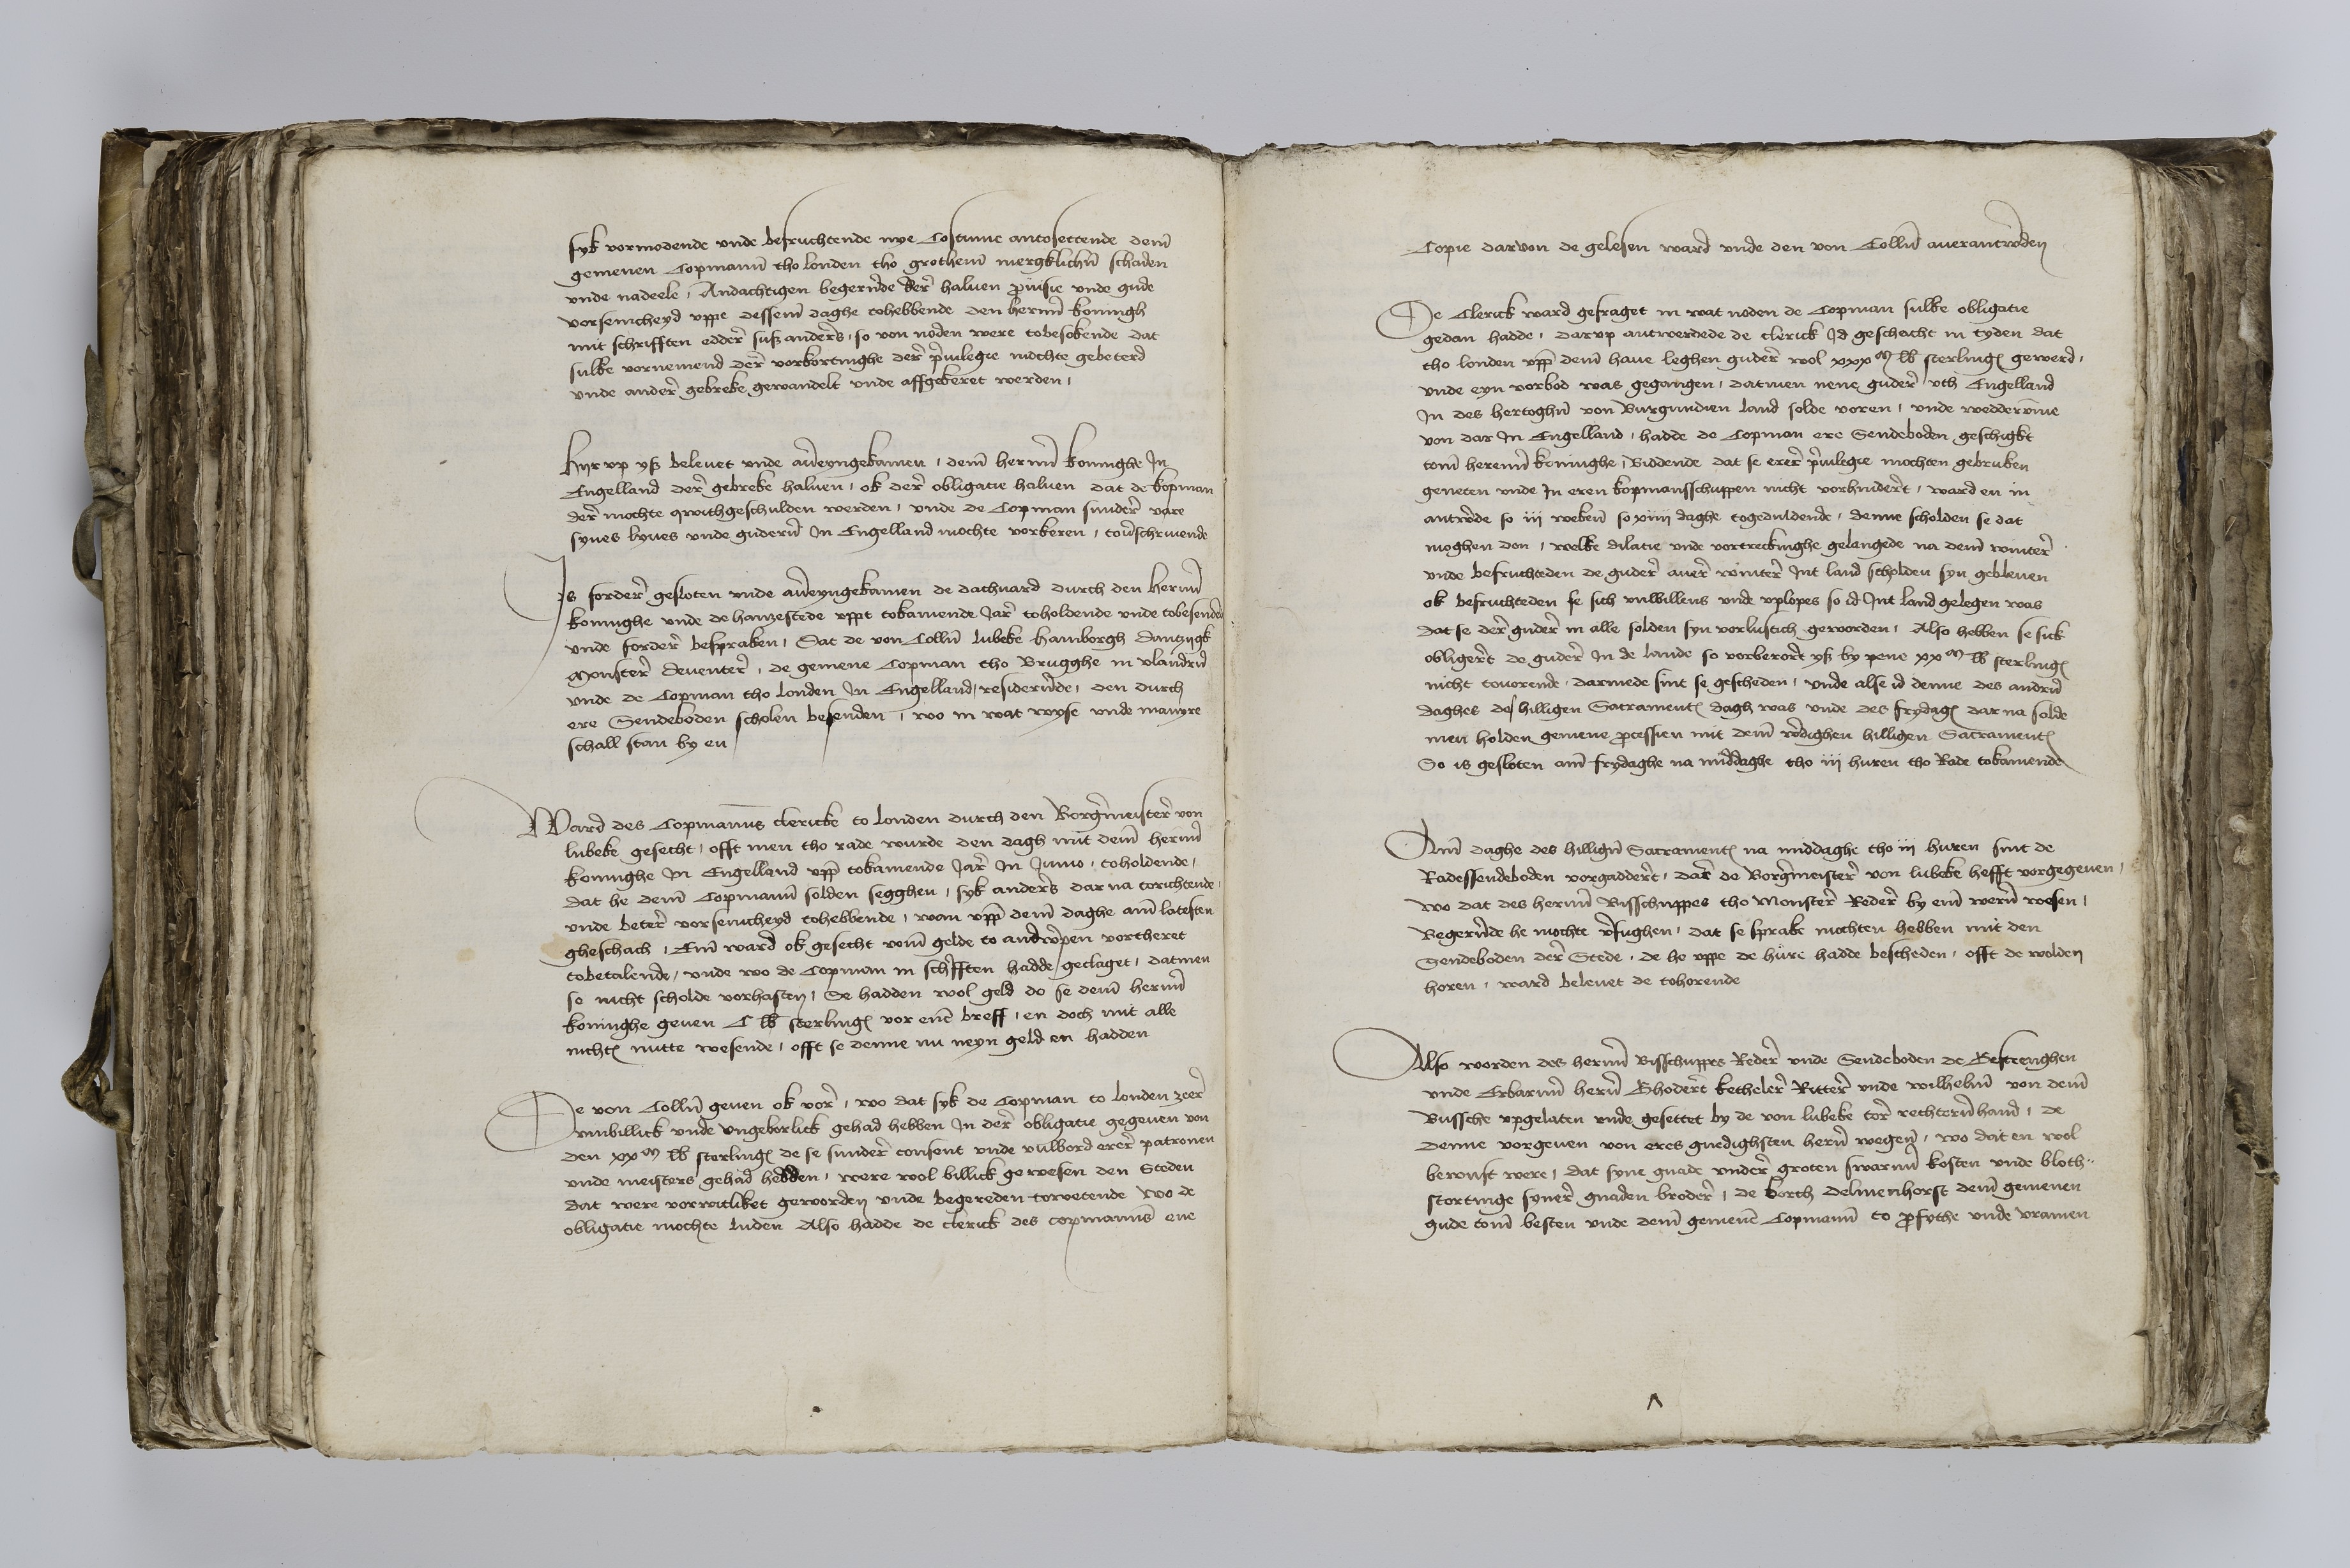
syk vormodende vnde befruchtende nye Costume antosettende deme
gemenen Copmanne tho Londen tho grotheme mergklichen schaden
vnde nadeele, Andachtigen begerende dere haluen prouisie vnde gude
vorsenicheyd vppe desseme daghe tohebbende den herenn Koningh
mit schrifften eddere sus anderes, so von noden were tobesokende dat
sulke vornemend dere vorbortinghe derer priuilegie mochte gebeterd
vnde andere gebreke gewandelt vnde affgeberet werden

Hyr vpp yß beleuet vnde aueryngekamen, deme herenn koninghe Jn
Engelland der gebreke haluen, ok dere obligatie haluen dat de kopman
dere mochte qwithgeschulden werden, vnde de Copman sundere vare
synes lyues vnde guderen Jn Engelland mochte vorkeren, touorschriuende

Js fordere gesoten vnde aueryngekamen de dachuard durch den herenn
konnighe vnde de hanzestede vppt tokamende Jare toholdende vnde tobesended
vnde fordere bespraken, Dat de von Collne Lubeke Hamborgh Dantzygk
Monstere Deuentere, de gemene Copman tho Brugghe in Vlandern
vnde de Copman tho Londen Jn Engelland, residerende, den durch
ere Sendeboden scholen besenden wo in wat wyse vnde manyre
schall starn by en

Ward des Copmannes clericke to Londen durch den Borgermeistere von
Lubeke gesecht, offt men tho rade wurde den dagh mit deme herenn
konnighe Jn Engelland vppe tokamende Jare Jn Junio toholdende
dat he deme Copmannen solden segghen, syk anderes dar na vorichtende
vnde betere vorsenicheyd tohebbende, wan vppe deme daghe ame latesten
gheschach, Eme ward ok gesecht vome gelde to Andwerpen vortheret
tobetalende, vnde wo de Copman in schrifften hadde, geclaget, datmen
se nicht scholde vorhasten, Se hadden wol geld de se deme herenn
koninghe geuen C lb sterlingen vor enen breff, en doch mit alle
nichtes nutte wesende, offt se denne nu neyn geld en hadden

De von Collne geuen ok vore, wo dat syk de Copman to londen zeere
vnbillick vnde vngeborlick gehad hebben Jn dere obligatie gegeuen von
den xxm sterlinges de se sundere consent vnde vulbord erere patronen
vnde meisters gehad hedden, were wol billick geroesen den Steden
dat were vorwitliket geroorden vnde begereden towetende wo de
obligatie mochte luden Also hadde de clerick des copmannes ene

Copie darvon de gelesen ward vnde de von Collne auerantwerden

De Clerick ward gefraget in dat noden de Copman sulke obligatie
gedan hadde, darvp antwerede de clerick Jd geschacht in tyden dat
tho Londen vppe deme haue leghen gudere wol xxxm lb sterlinges gewerd,
vnde eyn vorbod was gegangen, datmen nene gudere vth Engelland
Jn des hertoghen von Burgundien land solde voren, vnde weddervmme
von dar Jn Engelland, hadde de Copman ere Sendeboden geschigkt
tome herenn koninghe, Biddende dat se erere priuilegie mochten gebruken
geneten vnde Jn eren kopmansschuppen nicht vorhinderet, ward en in
antwerde so iij wekene so xiiij daghe togeduldende, denne scholden se dat
moghen don, welke dilatie vnde vortreckinghe gelangede na deme wintere
vnde befruchteden de gudere auere wintere Jnt land scholden syn gebleuen
ok befruchteden se sich vnwillens vnde vplopes so id Jnt Land gelegen was
dat se dere gudere in alle solden syn vorlustich geworden, Also hebben se sick
obligeret de gudere Jn de lande so vorberoret ys by pene xxm lb sterlingen
nicht touorende, darmede sint se gescheden, vnde alse id denne des andren
daghes des hilligen Sacramentes dagh was vnde des frydages dat na solde
men holden gemene processien mit deme werdighen hilligen Sacramentes
So is gesloten ame frydaghe na middaghe tho iij huren tho Rade tokamende

Ame daghe des hilligen Sacramentes na middaghe tho iij huren sint de
Radessendeboden vorgadderet, dare de Borgermeistere von Lubeke hefft vorgegeuen,
wo dat des herenn Bisschuppes tho Monstere Redere by eme weren wesen,
Begerende he mochte vorfughen, dat se sprake mochten hebben mit den
Sendeboden dere Stede de he vppe de hure hadde bescheden, offt de wolden
horen, ward beleuet de tohorende

Also worden des herenn Bisschuppes Redere vnde Sendeboden de Bestrenghen
vnde Erbarenn heren Ghoderet Kethelere Rittere vnde Wilheme von deme
Bussche vpgelaten vnde gesettet by de von Lubeke tore rechterenhand, de
Denne vorgeuen von eres gnedighsten heren wegen wo dat en wol
bewust were, dat syne gnade vndere groten swarenn kosten vnde bloth¬
stortinge synere gnaden brodere, de borch Delmenhorst deme gemenen
gude tome besten vnde deme gemenen Copmanne to profythe vnde vramen